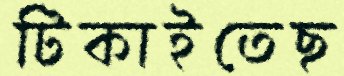
টিকাইতেছ